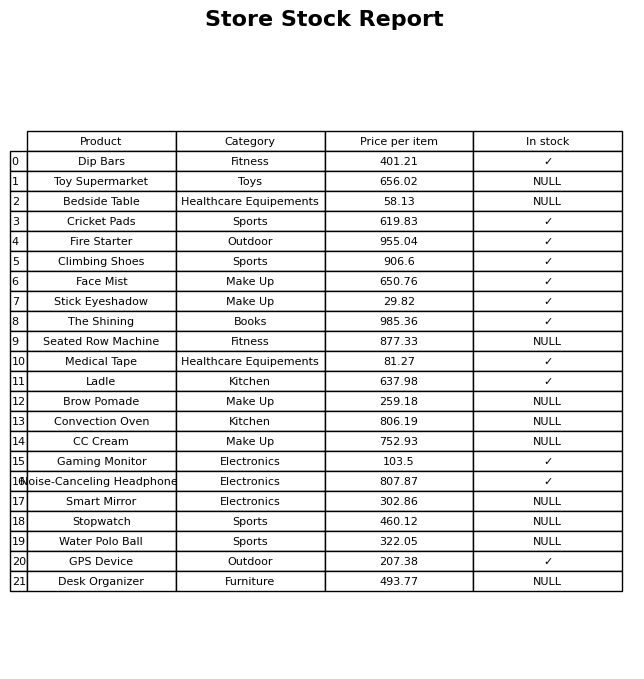
question: What is the stock status of the Convection Oven?
answer: NULL